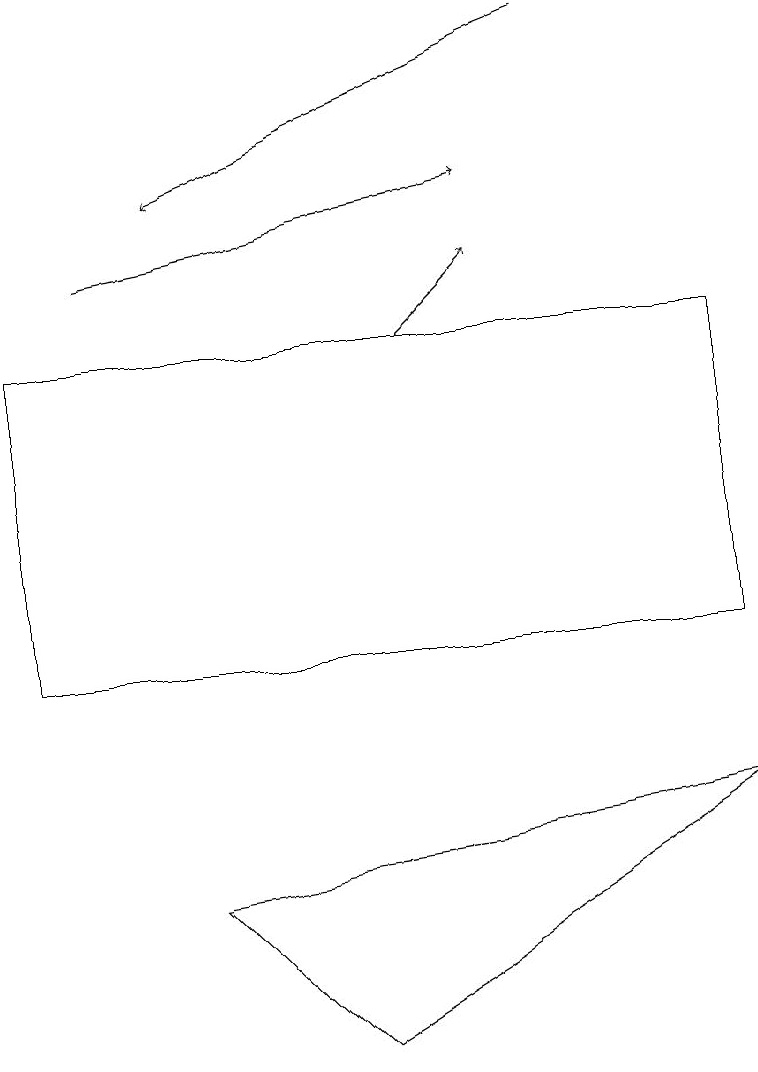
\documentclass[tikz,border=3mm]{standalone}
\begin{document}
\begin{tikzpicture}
\draw[->] (5,15) -- (6,16);
\draw[->] (1,16) -- (6,17);
\draw[->] (7,19) -- (2,17);
\draw (2,8) -- (4,6) -- (9,9) -- cycle;
\draw (0,11) rectangle (9,15);
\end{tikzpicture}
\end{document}